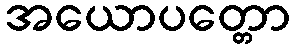
အယောပတ္တော